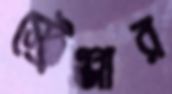
স্ট্রেঞ্জার